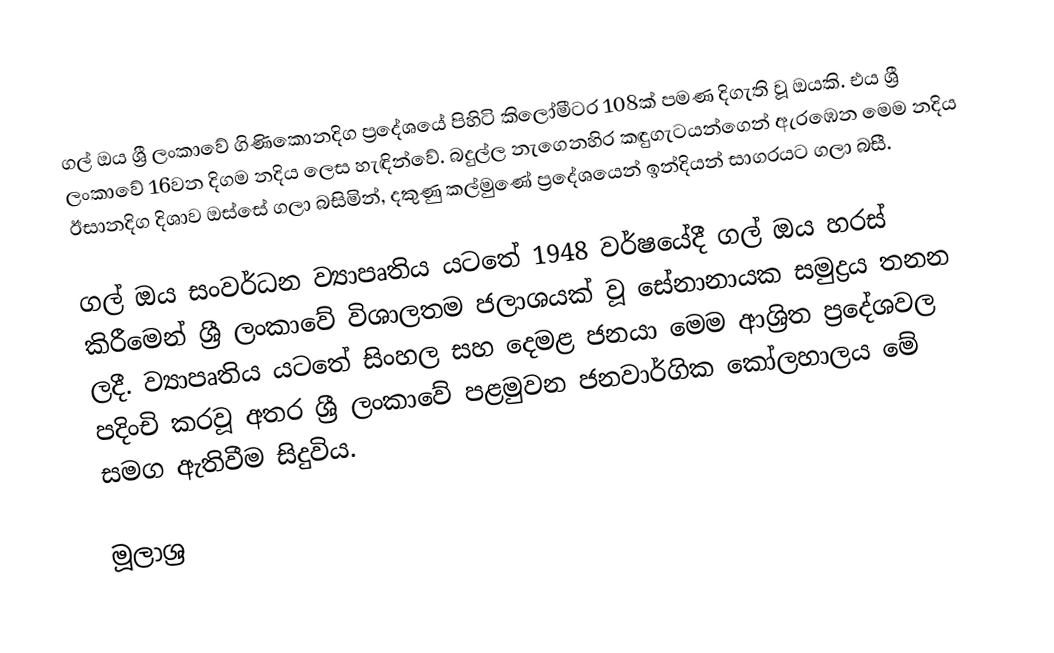
ගල් ඔය ශ්‍රී ලංකාවේ ගිණිකොනදිග ප්‍රදේශයේ පිහිටි කිලෝමීටර 108ක් පමණ දිගැති වූ ඔයකි. එය ශ්‍රී ලංකාවේ 16වන දිගම නදිය ලෙස හැඳින්වේ. බදුල්ල නැගෙනහිර කඳුගැටයන්ගෙන් ඇරඹෙන මෙම නදිය ඊසානදිග දිශාව ඔස්සේ ගලා බසිමින්, දකුණු කල්මුණේ ප්‍රදේශයෙන් ඉන්දියන් සාගරයට ගලා බසී.

ගල් ඔය සංවර්ධන ව්‍යාපෘතිය යටතේ 1948 වර්ෂයේදී ගල් ඔය හරස් කිරීමෙන් ශ්‍රී ලංකාවේ විශාලතම ජලාශයක් වූ සේනානායක සමුද්‍රය තනන ලදී. ව්‍යාපෘතිය යටතේ සිංහල සහ දෙමළ ජනයා මෙම ආශ්‍රිත ප්‍රදේශවල පදිංචි කරවූ අතර ශ්‍රී ලංකාවේ පළමුවන ජනවාර්ගික කෝලහාලය මේ සමග ඇතිවීම සිදුවිය.

මූලාශ්‍ර